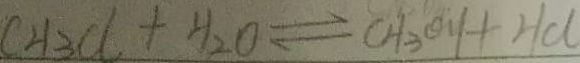
C H _ { 3 } C l + H _ { 2 } O \rightleftharpoons C H _ { 3 } O H + H C l